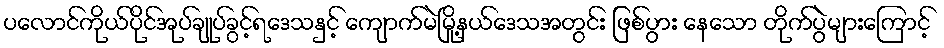
ပလောင်ကိုယ်ပိုင်အုပ်ချုပ်ခွင့်ရဒေသနှင့် ကျောက်မဲမြို့နယ်ဒေသအတွင်း ဖြစ်ပွား နေသော တိုက်ပွဲများကြောင့်